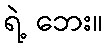
ရဲ့ ဘေး။